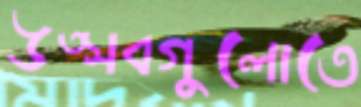
উত্সবগুলোতে